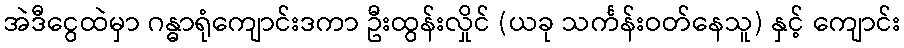
အဲဒီငွေထဲမှာ ဂန္ဓာရုံကျောင်းဒကာ ဦးထွန်းလှိုင် (ယခု သင်္ကန်းဝတ်နေသူ) နှင့် ကျောင်း